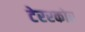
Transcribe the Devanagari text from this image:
टेररकोर